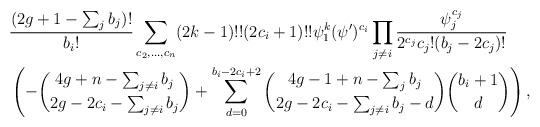
LaTeX: \begin{align*}&\frac{(2g+1-\sum_j b_j)!}{b_i!}\sum_{c_2, \ldots, c_n} (2k-1)!!(2c_i+1)!!\psi_1^k (\psi')^{c_i} \prod_{j\neq i} \frac{\psi_j^{c_j}}{2^{c_j}c_j!(b_j-2c_j)!}\\&\left(-{4g+n - \sum_{j \neq i} b_j \choose 2g-2c_i - \sum_{j \neq i} b_j} + \sum_{d=0}^{b_i-2c_i+2} {4g-1+n -\sum_j b_j \choose 2g-2c_i - \sum_{j \neq i} b_j - d} {b_i+1 \choose d}\right),\end{align*}